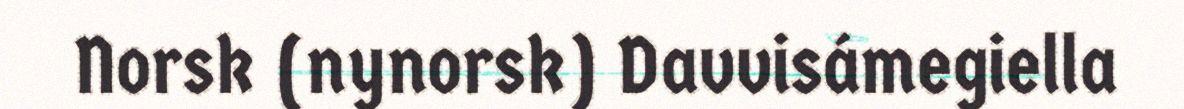
Norsk (nynorsk) Davvisámegiella